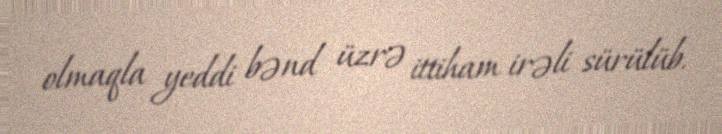
olmaqla yeddi bənd üzrə ittiham irəli sürülüb.